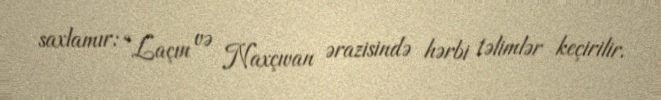
saxlamır: “Laçın və Naxçıvan ərazisində hərbi təlimlər keçirilir.